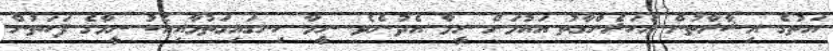
އަތުގެ އިޝާރާތުން އަހަރެންގާތު އައުމަށް ނީމާ އެދުނެވެ. ނީމާ ހިނގައިގަތުމާއިއެކު ނީމާގެ ފަހަތުން